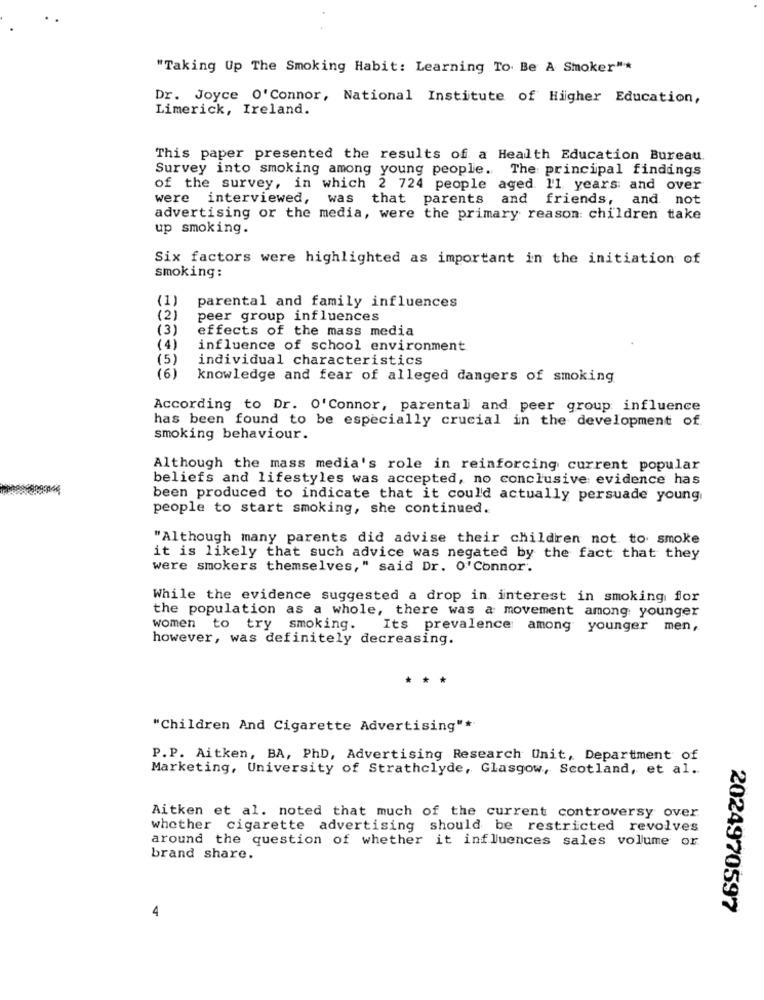
"Taking Up The Smoking Habit: Learning To Be A Smoker"*
Dr. Joyce O'Connor, National Institute of Higher Education,
Limerick, Ireland.
This paper presented the results of a Health Education Bureau.
Survey into smoking among young people. The principal findings
of the survey, in which 2 724 people aged 11 years: and over
were interviewed, was that parents and friends, and not
advertising or the media, were the primary reason: children take
up smoking.
Six factors were highlighted as important in the initiation of
smoking:
(1)
parental and family influences
(2)
peer group influences
(3)
effects of the mass media
(4)
influence of school environment
(5)
individual characteristics
(6)
knowledge and fear of alleged dangers of smoking
According to Dr. O'Connor, parental and peer group influence
has been found to be especially crucial in the development of
smoking behaviour.
Although the mass media's role in reinforcing current popular
beliefs and lifestyles was accepted, no conclusive evidence has
been produced to indicate that it could actually persuade young
people to start smoking, she continued.
"Although many parents did advise their children not to smoke
it is likely that such advice was negated by the fact that they
were smokers themselves," said Dr. O'Connor.
While the evidence suggested a drop in interest in smoking for
the population as a whole, there was a movement among younger
women to try smoking.
Its prevalence: among younger men,
however, was definitely decreasing.
"Children And Cigarette Advertising"*
P.P. Aitken, BA, PhD, Advertising Research Unit, Department of
Marketing, University of Strathclyde, Glasgow, Scotland, et al.
Aitken et al. noted that much of the current controversy over
whether cigarette advertising should be restricted revolves
around the question of whether it influences sales volume or
brand share.
4
2024970597